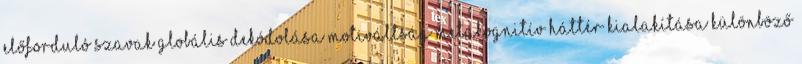
előforduló szavak globális dekódolása Motiváltság Metakognitív háttér kialakítása Különböző